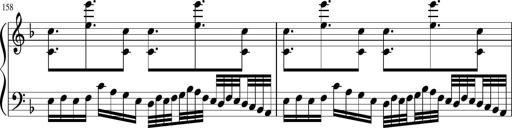
Title: Sonatina in F major
Composer: Ethan Ngo
Key: F major